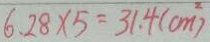
6 . 2 8 \times 5 = 3 1 . 4 ( c m ^ { 2 } )